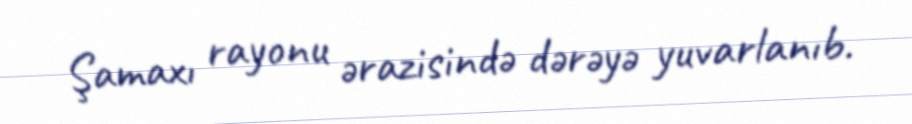
Şamaxı rayonu ərazisində dərəyə yuvarlanıb.